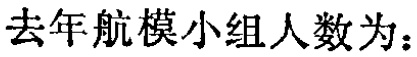
去年航模小组人数为：